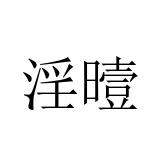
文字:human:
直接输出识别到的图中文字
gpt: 淫曀